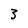
Character: 3